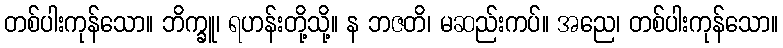
တစ်ပါးကုန်သော။ ဘိက္ခူ၊ ရဟန်းတို့သို့။ န ဘဇတိ၊ မဆည်းကပ်။ အညေ၊ တစ်ပါးကုန်သော။